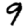
Digit: 9